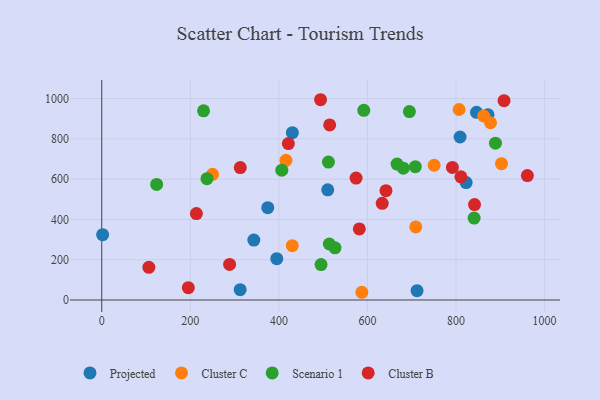
{"axis": {"x": "Experience", "y": "Fuel Efficiency"}, "legend": ["Cluster B", "Cluster C", "Projected", "Scenario 1"], "data": [{"x": "822.8", "y": 582.6, "type": "Projected"}, {"x": "430.4", "y": 830.4, "type": "Projected"}, {"x": "2.0", "y": 324.2, "type": "Projected"}, {"x": "712.0", "y": 46.4, "type": "Projected"}, {"x": "809.1", "y": 809.0, "type": "Projected"}, {"x": "510.3", "y": 547.1, "type": "Projected"}, {"x": "846.3", "y": 931.7, "type": "Projected"}, {"x": "395.2", "y": 204.9, "type": "Projected"}, {"x": "374.9", "y": 458.2, "type": "Projected"}, {"x": "343.4", "y": 297.3, "type": "Projected"}, {"x": "312.6", "y": 51.0, "type": "Projected"}, {"x": "872.2", "y": 919.2, "type": "Projected"}, {"x": "862.4", "y": 913.2, "type": "Cluster C"}, {"x": "415.9", "y": 693.1, "type": "Cluster C"}, {"x": "587.3", "y": 38.3, "type": "Cluster C"}, {"x": "806.9", "y": 945.6, "type": "Cluster C"}, {"x": "750.6", "y": 668.9, "type": "Cluster C"}, {"x": "709.1", "y": 362.6, "type": "Cluster C"}, {"x": "250.1", "y": 623.9, "type": "Cluster C"}, {"x": "430.3", "y": 269.7, "type": "Cluster C"}, {"x": "877.9", "y": 879.9, "type": "Cluster C"}, {"x": "902.6", "y": 676.5, "type": "Cluster C"}, {"x": "840.9", "y": 406.6, "type": "Scenario 1"}, {"x": "708.1", "y": 661.8, "type": "Scenario 1"}, {"x": "495.2", "y": 176.0, "type": "Scenario 1"}, {"x": "406.6", "y": 644.3, "type": "Scenario 1"}, {"x": "513.9", "y": 277.9, "type": "Scenario 1"}, {"x": "694.7", "y": 935.4, "type": "Scenario 1"}, {"x": "666.8", "y": 674.5, "type": "Scenario 1"}, {"x": "889.0", "y": 778.2, "type": "Scenario 1"}, {"x": "124.0", "y": 573.7, "type": "Scenario 1"}, {"x": "511.9", "y": 684.6, "type": "Scenario 1"}, {"x": "237.6", "y": 602.0, "type": "Scenario 1"}, {"x": "591.7", "y": 941.6, "type": "Scenario 1"}, {"x": "229.9", "y": 939.0, "type": "Scenario 1"}, {"x": "681.0", "y": 654.1, "type": "Scenario 1"}, {"x": "526.7", "y": 258.7, "type": "Scenario 1"}, {"x": "908.4", "y": 989.3, "type": "Cluster B"}, {"x": "961.1", "y": 617.8, "type": "Cluster B"}, {"x": "581.6", "y": 352.9, "type": "Cluster B"}, {"x": "633.3", "y": 480.0, "type": "Cluster B"}, {"x": "791.8", "y": 658.1, "type": "Cluster B"}, {"x": "841.8", "y": 473.7, "type": "Cluster B"}, {"x": "494.1", "y": 994.1, "type": "Cluster B"}, {"x": "106.4", "y": 162.1, "type": "Cluster B"}, {"x": "811.0", "y": 611.4, "type": "Cluster B"}, {"x": "312.8", "y": 657.1, "type": "Cluster B"}, {"x": "574.3", "y": 605.2, "type": "Cluster B"}, {"x": "421.4", "y": 776.5, "type": "Cluster B"}, {"x": "641.8", "y": 542.7, "type": "Cluster B"}, {"x": "213.8", "y": 429.1, "type": "Cluster B"}, {"x": "514.7", "y": 868.9, "type": "Cluster B"}, {"x": "288.7", "y": 176.3, "type": "Cluster B"}, {"x": "195.5", "y": 61.0, "type": "Cluster B"}]}